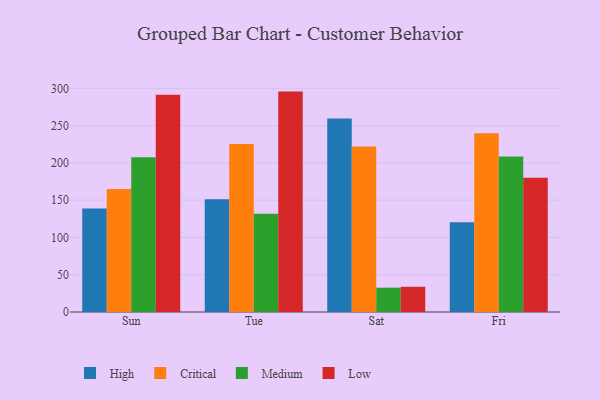
{"axis": {"x": "Day", "y": "Humidity (%)"}, "legend": ["Critical", "High", "Low", "Medium"], "data": [{"x": "Sun", "y": 138.9, "type": "High"}, {"x": "Sun", "y": 164.8, "type": "Critical"}, {"x": "Sun", "y": 207.6, "type": "Medium"}, {"x": "Sun", "y": 291.4, "type": "Low"}, {"x": "Tue", "y": 151.3, "type": "High"}, {"x": "Tue", "y": 225.2, "type": "Critical"}, {"x": "Tue", "y": 131.9, "type": "Medium"}, {"x": "Tue", "y": 295.6, "type": "Low"}, {"x": "Sat", "y": 259.4, "type": "High"}, {"x": "Sat", "y": 222.1, "type": "Critical"}, {"x": "Sat", "y": 32.6, "type": "Medium"}, {"x": "Sat", "y": 33.8, "type": "Low"}, {"x": "Fri", "y": 120.5, "type": "High"}, {"x": "Fri", "y": 239.7, "type": "Critical"}, {"x": "Fri", "y": 208.7, "type": "Medium"}, {"x": "Fri", "y": 180.2, "type": "Low"}]}